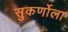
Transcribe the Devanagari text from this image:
सुकर्णोला